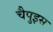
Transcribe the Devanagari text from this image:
चैपुइस